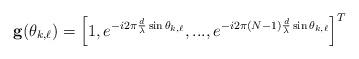
LaTeX: \begin{align*} \mathbf{g}(\theta_{k,\ell})=\left[1, e^{-i2\pi \frac{d}{\lambda}\sin\theta_{k,\ell}} , ..., e^{-i2\pi\left(N-1\right)\frac{d}{\lambda}\sin\theta_{k,\ell}}\right]^T\end{align*}